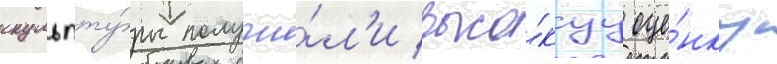
скульпту́ры получи́л'и высо́куу оце́нку